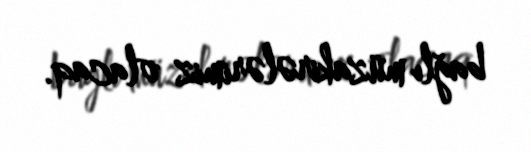
bağlı müzakirələrimiz olacaq.